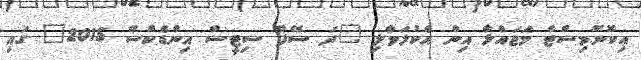
އިކޮނޮމިސްޓް މަޖައްލާ އިން އެކުލަވާލި "ދަ ސޭފް ސިޓީސް އިންޑެކްސް 2015" ގައި